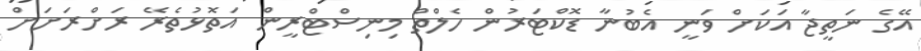
އޭގެ ނަތީޖާ އަކަށް ވަނީ އެބުނާ ޑޮކްޓަރުން ހެލްތް މިނިސްޓްރީން އަތޮޅުތެރޭ ރަށްރަށަށް